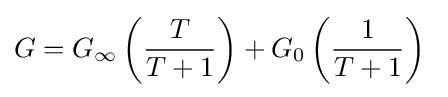
G=G_{\infty }\left({\frac {T}{T+1}}\right)+G_{0}\left({\frac {1}{T+1}}\right)\